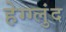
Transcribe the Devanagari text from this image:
हेग्ग्लुंद